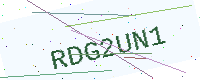
Text: RDG2UN1